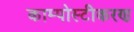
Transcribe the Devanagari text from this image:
काम्पोस्टीकरण